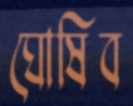
ঘোষিব